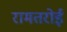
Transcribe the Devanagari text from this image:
रामतरोई